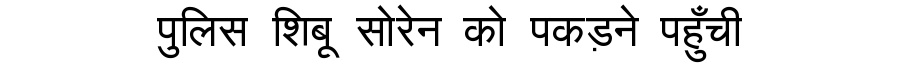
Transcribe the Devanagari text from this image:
पुलिस शिबू सोरेन को पकड़ने पहुँची